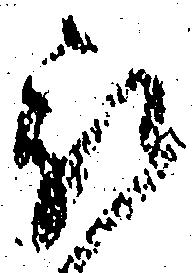
被